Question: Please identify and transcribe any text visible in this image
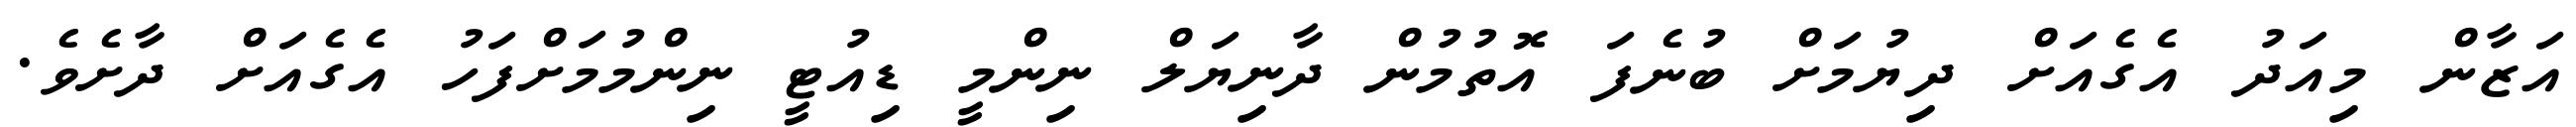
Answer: އަޒާން މިއަދު އެގެއަށް ދިޔުމަށް ބުނެފަ އޮތުމުން ދާނިޔަލް ނިންމީ ޑިއުޓީ ނިންމުމަށްފަހު އެގެއަށް ދާށެވެ.